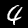
Digit: 4